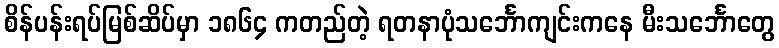
စိန်ပန်းရပ်မြစ်ဆိပ်မှာ ၁၈၆၄ ကတည်တဲ့ ရတနာပုံသင်္ဘောကျင်းကနေ မီးသင်္ဘောတွေ